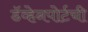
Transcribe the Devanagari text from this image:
डॅव्हेनपोर्टची